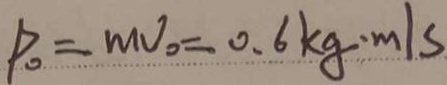
P _ { 0 } = m v _ { 0 } = 0 . 6 k g \cdot m / s